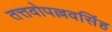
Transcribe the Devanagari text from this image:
तत्तवोपल्लवसिंह